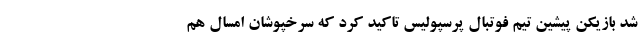
شد بازیکن پیشین تیم فوتبال پرسپولیس تاکید کرد که سرخپوشان امسال هم